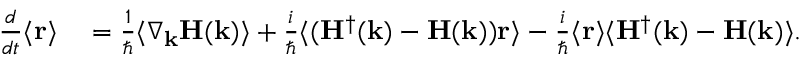
\begin{array} { r l } { \frac { d } { d t } \langle \mathbf { r } \rangle } & { { } = \frac { 1 } { \hbar } \langle \nabla _ { \mathbf { k } } \mathbf { H } ( \mathbf { k } ) \rangle + \frac { i } { \hbar } \langle ( \mathbf { H } ^ { \dagger } ( \mathbf { k } ) - \mathbf { H } ( \mathbf { k } ) ) \mathbf { r } \rangle - \frac { i } { \hbar } \langle \mathbf { r } \rangle \langle \mathbf { H } ^ { \dagger } ( \mathbf { k } ) - \mathbf { H } ( \mathbf { k } ) \rangle . } \end{array}